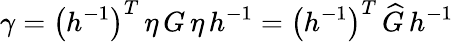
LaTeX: \gamma=\left(h^{-1}\right)^{T}\, \eta\, G\, \eta\, h^{-1}=\left(h^{-1}\right)^{T}\, \widehat{G}\, h^{-1}